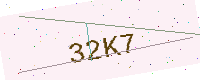
Text: 32K7